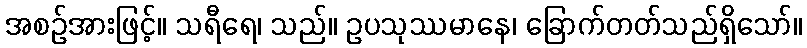
အစဉ်အားဖြင့်။ သရီရေ၊ သည်။ ဥပသုဿမာနေ၊ ခြောက်တတ်သည်ရှိသော်။